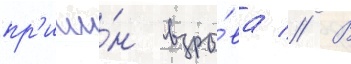
пр'ичи́н взры́ва // В